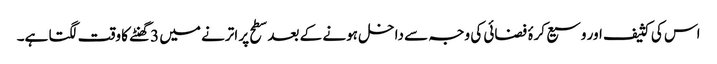
اس کی کثیف اور وسیع کرۂ فضائی کی وجہ سے داخل ہونے کے بعد سطح پر اترنے میں 3گھنٹے کا وقت لگتا ہے۔